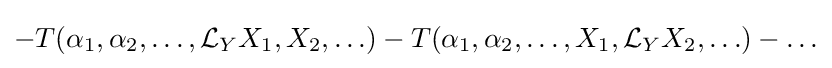
-T(\alpha _{1},\alpha _{2},\ldots ,{\mathcal {L}}_{Y}X_{1},X_{2},\ldots )-T(\alpha _{1},\alpha _{2},\ldots ,X_{1},{\mathcal {L}}_{Y}X_{2},\ldots )-\ldots